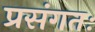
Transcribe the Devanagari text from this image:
प्रसंगतः